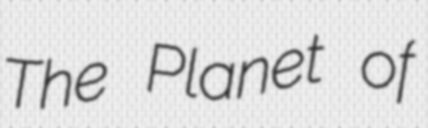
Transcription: The Planet of